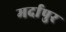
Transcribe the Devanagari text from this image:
मर्दापुर